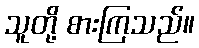
သူတို့ စားကြသည်။